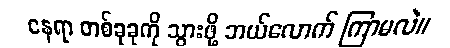
နေရာ တစ်ခုခုကို သွားဖို့ ဘယ်လောက် ကြာမလဲ။